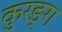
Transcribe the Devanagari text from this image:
कुरङ्ग